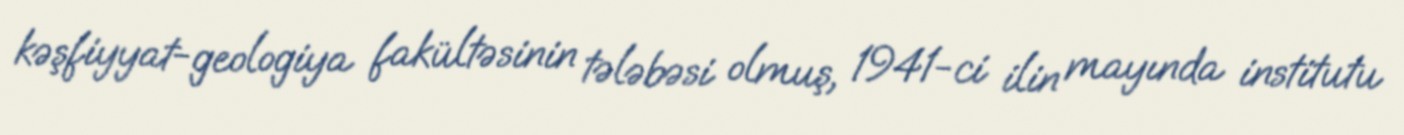
kəşfiyyat-geologiya fakültəsinin tələbəsi olmuş, 1941-ci ilin mayında institutu